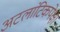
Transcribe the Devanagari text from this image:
अटलांटिकपेक्षा